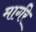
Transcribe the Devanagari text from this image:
मार्गरे